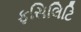
ફસિલિટિ